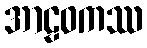
အာဠဝကဿ